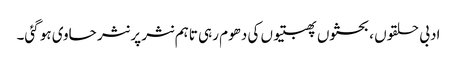
ادبی حلقوں ، بحثوں پھبتیوں کی دھوم رہی تاہم نثر پر نثر حاوی ہو گئی۔